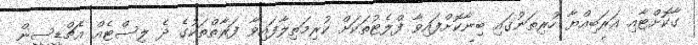
ގާކޮށްްޓާއި އަރަބިއްޔާ ހުރިތަނުގައި ބިނާކޮށްފައިވާ ފްލެޓުތަކަށް ކުރިމަތިލާފައިވާ ފަރާތްތަކުގެ ދެ ލިސްޓެއް އެޗްޑީސީން